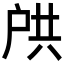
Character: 𫼌